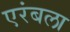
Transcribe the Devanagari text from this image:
एरंबला